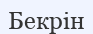
Бекрін